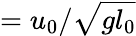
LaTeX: =u_{0}/\sqrt{gl_{0}}